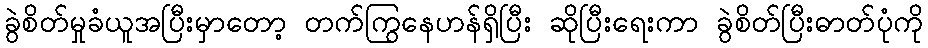
ခွဲစိတ်မှုခံယူအပြီးမှာတော့ တက်ကြွနေဟန်ရှိပြီး ဆိုပြီးရေးကာ ခွဲစိတ်ပြီးဓာတ်ပုံကို